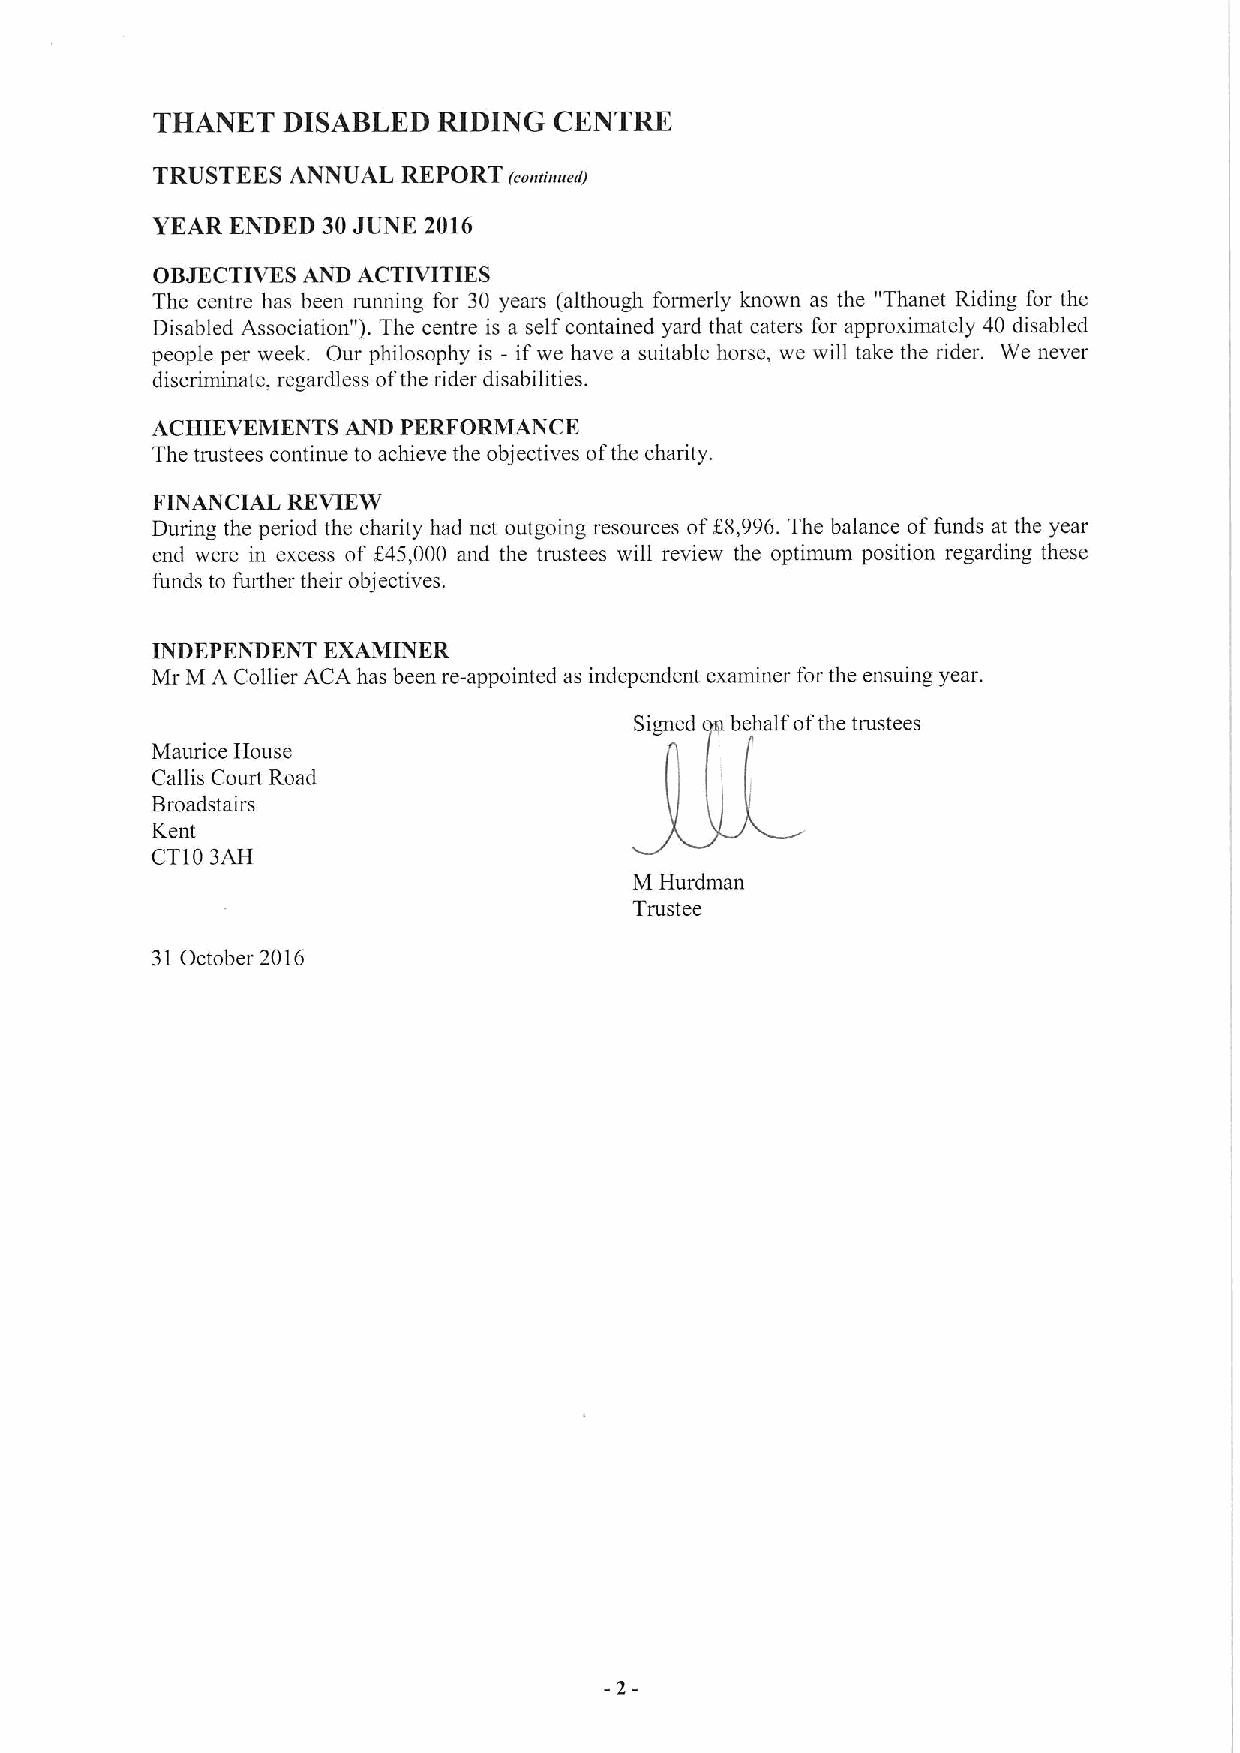
THANET   DISABLED  RIDING  CENTRE
 TRUSTEES ANNUAL  REPORT (~ontawed)
 YEAR ENDED 30JUNE 2016
 OBJECTIVES AND ACTIVITIES
 The centre has been running for 30 years (although formerly known as the "Thanet Riding for the
 Disabled Association" ).The centre is a self contained yard that caters for approximately 40 disabled
 people per week. Our philosophy is - if we have a suitable horse, we will take the rider. We never
 discriminate, regardless ofthe rider disabilities.
 ACHIEVEMENTS AND PERFORMANCE
 The trustees continue to achieve the objectives ofthe charity.
 FINANCIAL REVIEW
 During the period the charity had net outgoing resources ofZ8,996.The balance offunds at the year
 end were in excess of f45,000 and the trustees will review the optimum position regarding these
 funds to further their objectives.
 INDEPENDENT EXAMINER
 Mr M A Collier ACA has been re-appointed as independent examiner for the ensuing year.
 Signed behalf ofthe trustees
 Maurice House
 Callis Court Road
 Broadstairs
 Kent
 CT103AH
 M Hurdman
 Trustee
 31 October 2016